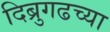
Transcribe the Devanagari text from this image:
दिब्रुगढच्या